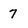
Character: 7